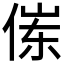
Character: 𱎶